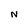
Character: N